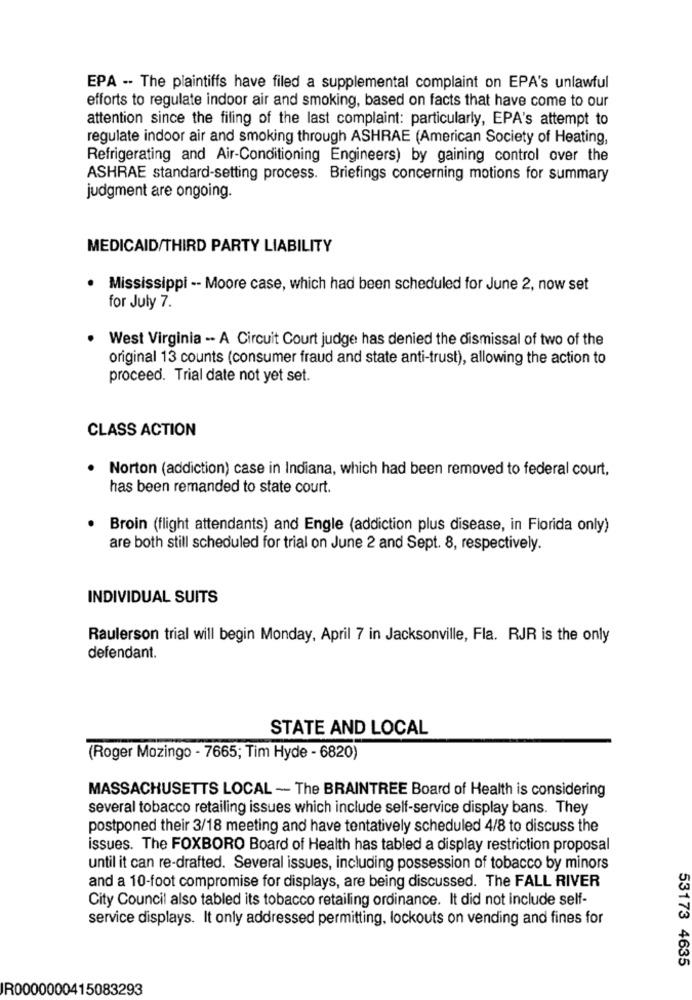
EPA -- The plaintiffs have filed a supplemental complaint on EPA's unlawful
efforts to regulate indoor air and smoking, based on facts that have come to our
attention since the filing of the last complaint: particularly, EPA's attempt to
regulate indoor air and smoking through ASHRAE (American Society of Heating,
Refrigerating and Air-Conditioning Engineers) by gaining control over the
ASHRAE standard-setting process. Briefings concerning motions for summary
judgment are ongoing.
MEDICAID/THIRD PARTY LIABILITY
· Mississippi -- Moore case, which had been scheduled for June 2, now set
for July 7.
West Virginia -. A Circuit Court judge has denied the dismissal of two of the
original 13 counts (consumer fraud and state anti-trust), allowing the action to
proceed. Trial date not yet set.
CLASS ACTION
Norton (addiction) case in Indiana, which had been removed to federal court,
has been remanded to state court.
· Broin (flight attendants) and Engle (addiction plus disease, in Florida only)
are both still scheduled for trial on June 2 and Sept. 8, respectively.
INDIVIDUAL SUITS
Raulerson trial will begin Monday, April 7 in Jacksonville, Fla. RJR is the only
defendant.
STATE AND LOCAL
(Roger Mozingo - 7665; Tim Hyde - 6820)
MASSACHUSETTS LOCAL - The BRAINTREE Board of Health is considering
several tobacco retailing issues which include self-service display bans. They
postponed their 3/18 meeting and have tentatively scheduled 4/8 to discuss the
issues. The FOXBORO Board of Health has tabled a display restriction proposal
until it can re-drafted. Several issues, including possession of tobacco by minors
and a 10-foot compromise for displays, are being discussed. The FALL RIVER
City Council also tabled its tobacco retailing ordinance. It did not include self-
service displays. It only addressed permitting, lockouts on vending and fines for
53173 4635
R0000000415083293